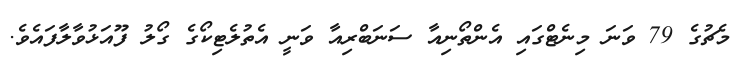
މެޗުގެ 79 ވަނަ މިނެޓްގައި އެންތޯނިއާ ސަނަބްރިއާ ވަނީ އެތުލެޓިކޯގެ ގޯލު ފޫއަޅުވާލާފައެވެ.